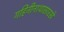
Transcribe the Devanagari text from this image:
गहिनीनाथासारखे